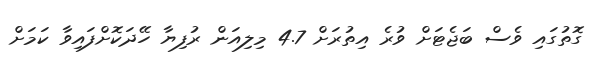
ގޮތުގައި ވެސް ބަޖެޓަށް ވުރެ އިތުރަށް 4.7 މިލިއަން ރުފިޔާ ހޭދަކޮށްފައިވާ ކަމަށް